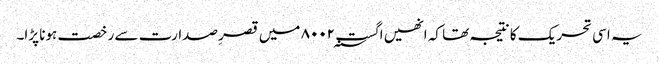
یہ اسی تحریک کا نتیجہ تھا کہ انھیں اگست ۸۰۰۲؁ میں قصرِ صدارت سے رخصت ہونا پڑا۔